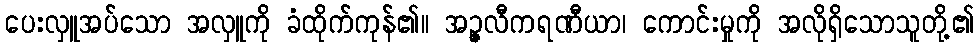
ပေးလှူအပ်သော အလှူကို ခံထိုက်ကုန်၏။ အဉ္ဇလီကရဏီယာ၊ ကောင်းမှုကို အလိုရှိသောသူတို့၏